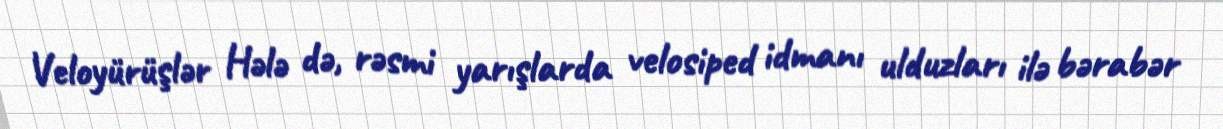
Veloyürüşlər Hələ də, rəsmi yarışlarda velosiped idmanı ulduzları ilə bərabər